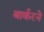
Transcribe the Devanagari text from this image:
बार्करने